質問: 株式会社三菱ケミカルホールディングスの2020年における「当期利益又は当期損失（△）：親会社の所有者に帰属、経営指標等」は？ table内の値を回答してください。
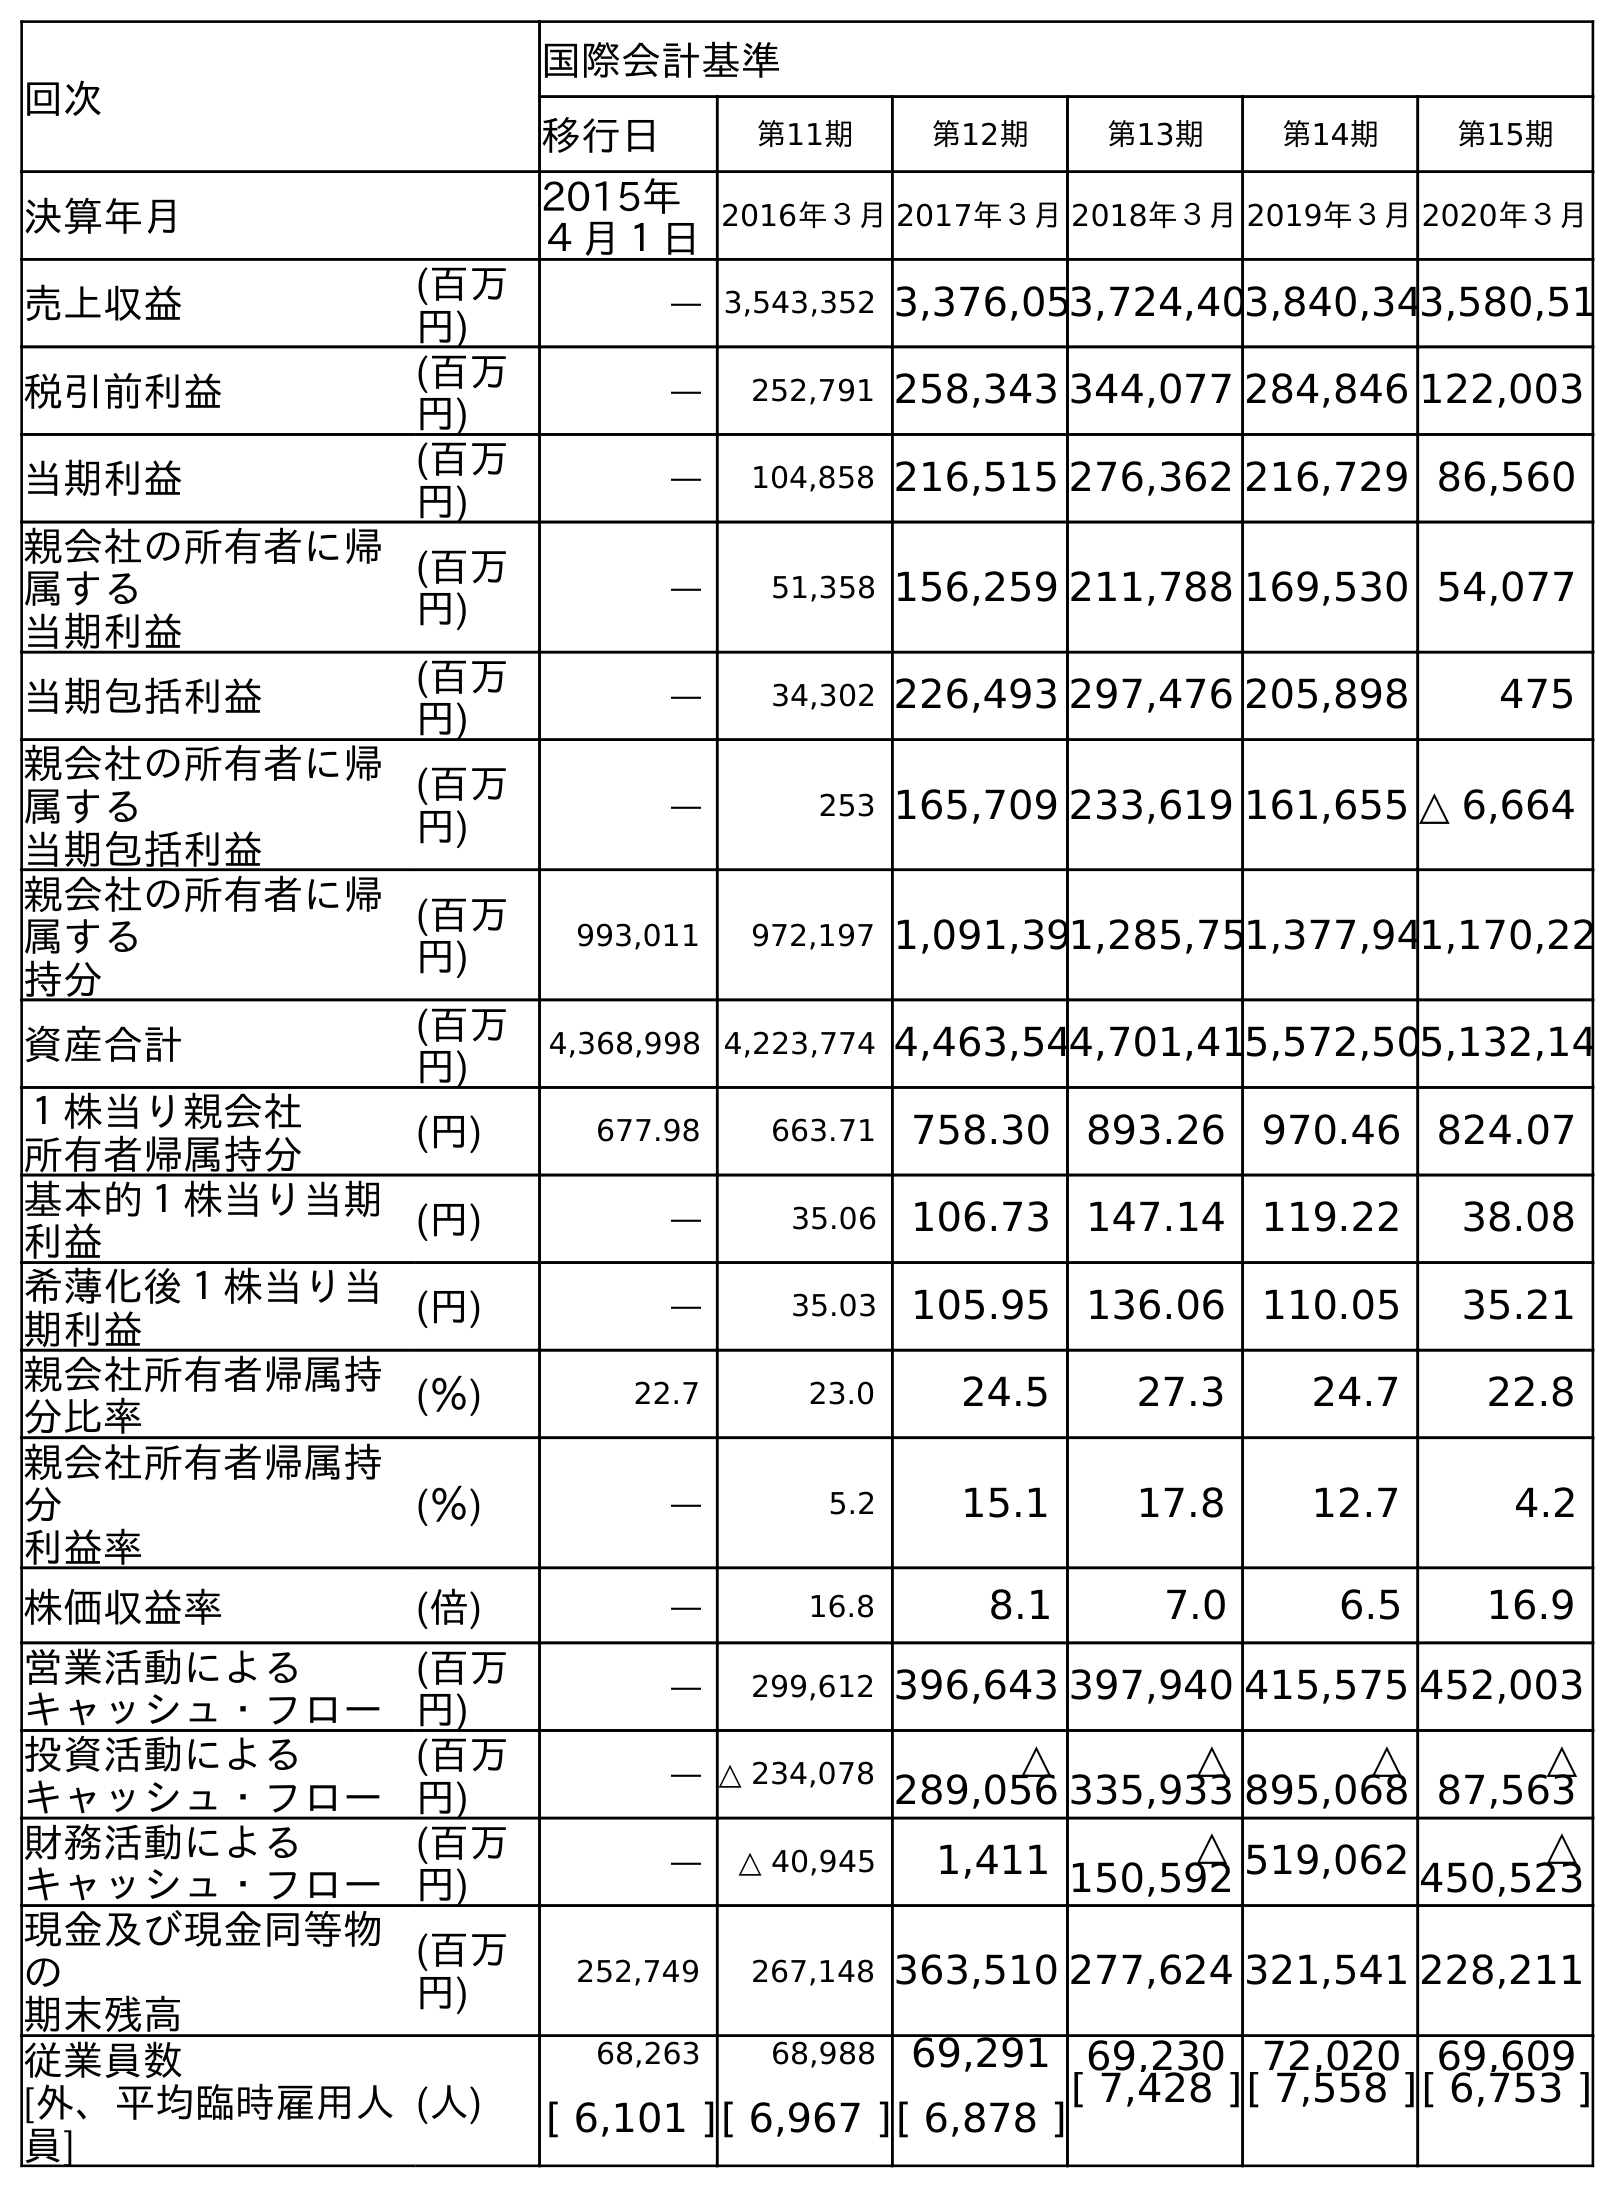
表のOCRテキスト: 回次 国際会計基準 移行日 第11期 第12期 第13期 第14期 第15期 決算年月 2015年 ４月１日 2016年３月2017年３月2018年３月2019年３月2020年３月 売上収益 (百万 円) ― 3,543,352 3,376,053,724,403,840,343,580,51 税引前利益 (百万 円) ― 252,791 258,343 344,077 284,846 122,003 当期利益 (百万 円) ― 104,858 216,515 276,362 216,729 86,560 親会社の所有者に帰 属する 当期利益 (百万 円) ― 51,358 156,259 211,788 169,530 54,077 当期包括利益 (百万 円) ― 34,302 226,493 297,476 205,898 475 親会社の所有者に帰 属する 当期包括利益 (百万 円) ― 253 165,709 233,619 161,655 △ 6,664 親会社の所有者に帰 属する 持分 (百万 円) 993,011 972,197 1,091,391,285,751,377,941,170,22 資産合計 (百万 円) 4,368,998 4,223,774 4,463,544,701,415,572,505,132,14 １株当り親会社 所有者帰属持分 (円) 677.98 663.71 758.30 893.26 970.46 824.07 基本的１株当り当期 利益 (円) ― 35.06 106.73 147.14 119.22 38.08 希薄化後１株当り当 期利益 (円) ― 35.03 105.95 136.06 110.05 35.21 親会社所有者帰属持 分比率 (％) 22.7 23.0 24.5 27.3 24.7 22.8 親会社所有者帰属持 分 利益率 (％) ― 5.2 15.1 17.8 12.7 4.2 株価収益率 (倍) ― 16.8 8.1 7.0 6.5 16.9 営業活動による キャッシュ・フロー (百万 円) ― 299,612 396,643 397,940 415,575 452,003 投資活動による キャッシュ・フロー (百万 円) ― △ 234,078 △ 289,056 △ 335,933 △ 895,068 △ 87,563 財務活動による キャッシュ・フロー (百万 円) ― △ 40,945 1,411 △ 150,592 519,062 △ 450,523 現金及び現金同等物 の 期末残高 (百万 円) 252,749 267,148 363,510 277,624 321,541 228,211 従業員数 [外、平均臨時雇用人 員] (人) 68,263 68,988 69,291 69,230 72,020 69,609 [ 6,101 ][ 6,967 ][ 6,878 ][ 7,428 ][ 7,558 ][ 6,753 ]
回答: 54,077